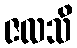
ဇလသိ